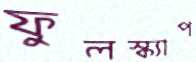
ফুলস্ক্যাপ